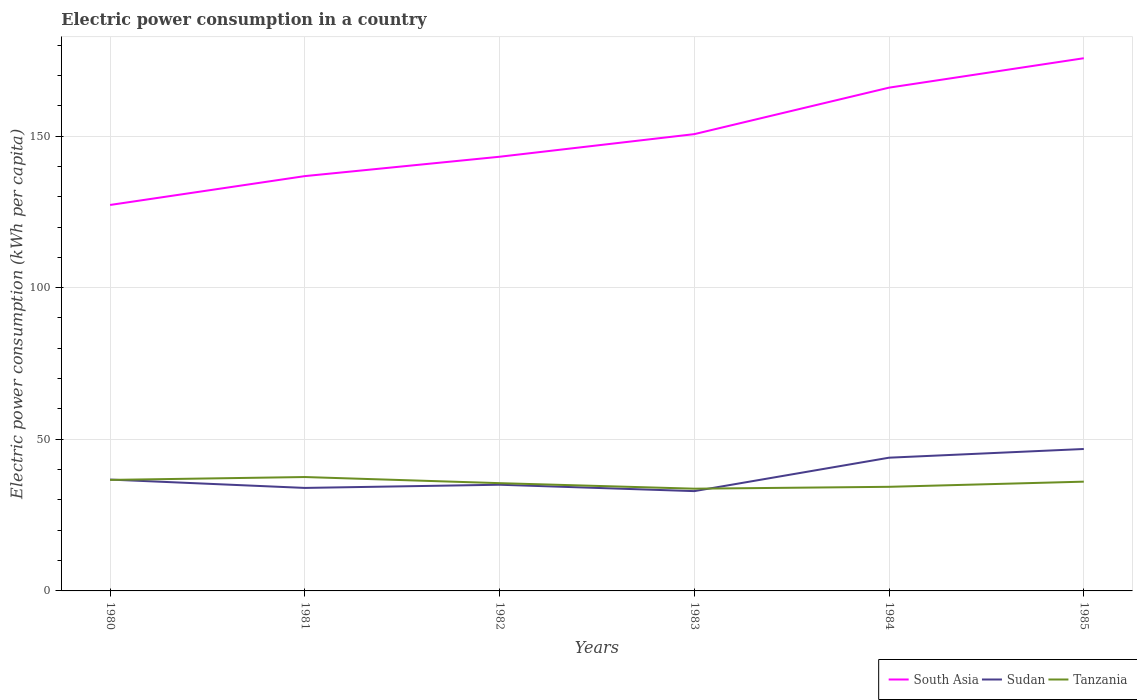
| Years | South Asia | Sudan | Tanzania |
 | --- | --- | --- | --- |
 | 1980 | 127 | 36.7 | 36.6 |
 | 1981 | 137 | 34 | 37.6 |
 | 1982 | 143 | 35 | 35.5 |
 | 1983 | 151 | 32.9 | 33.7 |
 | 1984 | 166 | 43.9 | 34.3 |
 | 1985 | 176 | 46.8 | 36 |